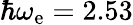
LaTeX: \hbar\omega_{\mathrm{e}}=2.53